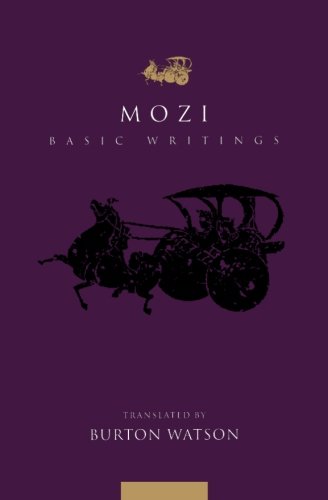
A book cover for Mozi (Translations from the Asian Classics); Religion & Spirituality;